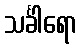
သင်္ခါရော